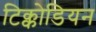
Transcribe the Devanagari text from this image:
टिक्कोडियन